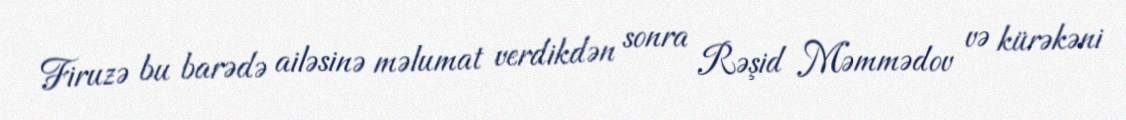
Firuzə bu barədə ailəsinə məlumat verdikdən sonra Rəşid Məmmədov və kürəkəni